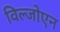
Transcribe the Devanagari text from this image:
विल्जोएन